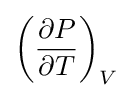
\left({\frac {\partial P}{\partial T}}\right)_{V}